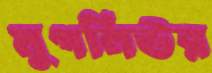
মুগনিউর